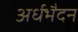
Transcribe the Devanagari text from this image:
अर्धभैदन